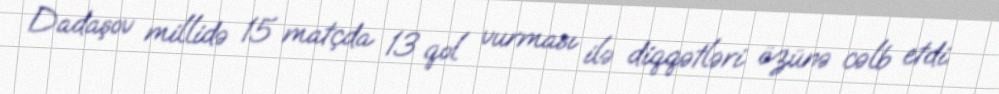
Dadaşov millidə 15 matçda 13 qol vurması ilə diqqətləri özünə cəlb etdi.